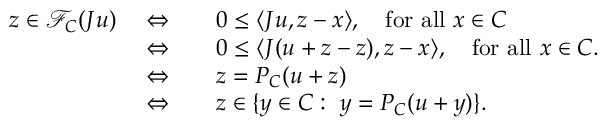
\begin{array} { r l } { z \in \mathcal { F } _ { C } ( J u ) \quad \Leftrightarrow \quad } & { 0 \leq \langle J u , z - x \rangle , \quad \mathrm { f o r ~ a l l } \ x \in C } \\ { \quad \Leftrightarrow \quad } & { 0 \leq \langle J ( u + z - z ) , z - x \rangle , \quad \mathrm { f o r ~ a l l } \ x \in C . } \\ { \quad \Leftrightarrow \quad } & { z = P _ { C } ( u + z ) } \\ { \quad \Leftrightarrow \quad } & { z \in \{ y \in C : \ y = P _ { C } ( u + y ) \} . } \end{array}